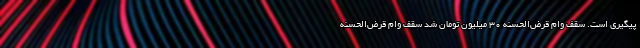
پیگیری است. سقف وام قرض‌الحسنه ۳۰ میلیون تومان شد سقف وام قرض‌الحسنه